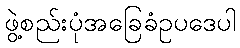
ဖွဲ့စည်းပုံအခြေခံဥပဒေပါ